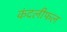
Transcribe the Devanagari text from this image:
कंदलीफल